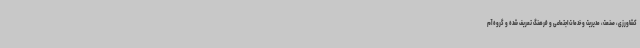
کشاورزی، صنعت، مدیریت و خدمات اجتماعی و فرهنگ تعریف شده و گروه آم